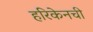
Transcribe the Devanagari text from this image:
हरिकेनची